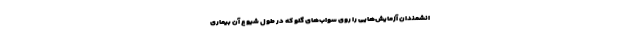
انشمندان آزمایش‌هایی را روی سواب‌های گلو که در طول شیوع آن بیماری